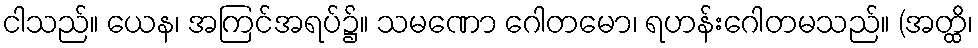
ငါသည်။ ယေန၊ အကြင်အရပ်၌။ သမဏော ဂေါတမော၊ ရဟန်းဂေါတမသည်။ (အတ္ထိ၊